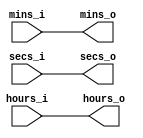
`timescale 1ns / 1ps
//////////////////////////////////////////////////////////////////////////////////
// Company: 
// Engineer: 
// 
// Design Name: 
// Module Name: set_time24
// Project Name: 
// Target Devices: 
// Tool Versions: 
// Description: 
// 
// Dependencies: 
// 
// Revision:
// Revision 0.01 - File Created
// Additional Comments:
// 
//////////////////////////////////////////////////////////////////////////////////

//setter used for clock24, stopwatch, timer


module set_time24(hours_i, mins_i, secs_i, hours_o, mins_o, secs_o);
    input [4:0]hours_i;
    input [5:0]mins_i;
    input [5:0]secs_i;
    output [4:0]hours_o;
    output [5:0]mins_o;
    output [5:0]secs_o;
    
    assign hours_o = hours_i;
    assign mins_o = mins_i;
    assign secs_o = secs_i;
   
endmodule